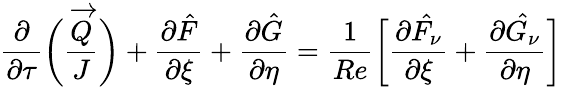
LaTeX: \frac{\partial}{\partial\tau}\bigg(\frac{\overrightarrow{Q}}{J}\bigg)+\frac{\partial\hat{F}}{\partial\xi}+\frac{\partial\hat{G}}{\partial\eta}=\frac{1}{Re}\bigg[\frac{\partial\hat{F_{\nu}}}{\partial\xi}+\frac{\partial\hat{G_{\nu}}}{\partial\eta}\bigg]